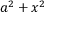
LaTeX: a ^ { 2 } + x ^ { 2 }